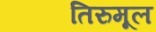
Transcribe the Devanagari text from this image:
तिरुमूल